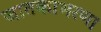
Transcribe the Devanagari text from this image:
जातकाभरण।